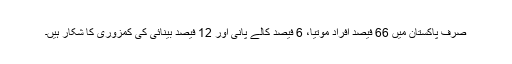
صرف پاکستان میں 66 فیصد افراد موتیا، 6 فیصد کالے پانی اور 12 فیصد بینائی کی کمزوری کا شکار ہیں۔